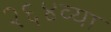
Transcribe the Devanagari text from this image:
२६४व्या